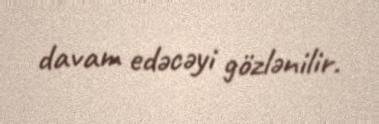
davam edəcəyi gözlənilir.